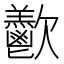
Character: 𪴴